Civil Veterinary Department Bihar & Orissa reports 1929-36 - 1929-1936
Year: 1929
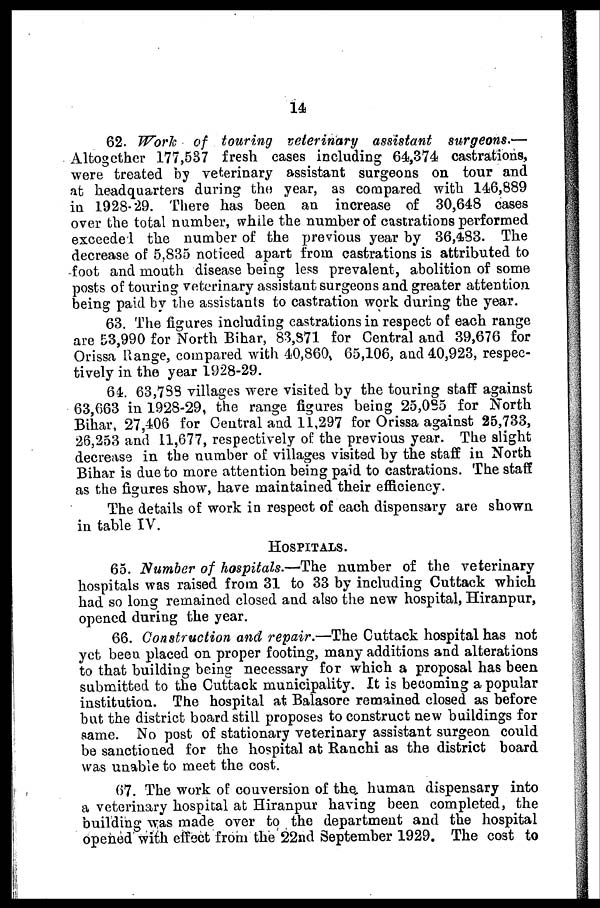
14
62. Work of touring veterinary assistant
surgeons.—
Altogether 177,537 fresh cases including 64,374 castrations,
were treated by veterinary assistant surgeons on tour and
at headquarters during the year, as compared with 146,889
in 1928-29. There has been an increase of 30,648 cases
over the total number, while the number of castrations performed
exceede 1 the number of the previous year by 36,483. The
decrease of 5.835 noticed apart from castrations is attributed to
foot and mouth disease being less prevalent, abolition of some
posts of touring veterinary assistant surgeons and greater attention
being paid by the assistants to castration work during the year.
63. The figures including castrations in respect of each range
are 53,990 for North Bihar, 83,871 for Central and 39,676 for
Orissa Range, compared with 40,860, 65,106, and 40,923, respec-
tively in the year 1928-29.
64. 63,788 villages were visited by the touring staff against
63,663 in 1928-29, the range figures being 25,085 for North
Bihar, 27,406 for Central and 11,297 for Orissa against 25,733,
26,253 and 11,677, respectively of the previous year. The slight
decrease in the number of villages visited by the staff in North
Bihar is due to more attention being paid to castrations. The staff
as the figures show, have maintained their efficiency.
The details of work in respect of each dispensary are shown
in table IV.
HOSPITALS.
65. Number of hospitals.—The number of the veterinary
hospitals was raised from 31 to 33 by including Cuttack which
had so long remained closed and also the new hospital, Hiranpur,
opened during the year.
66. Construction and repair.—The Cuttack hospital has not
yet been placed on proper footing, many additions and alterations
to that building being necessary for which a proposal has been
submitted to the Cuttack municipality. It is becoming a popular
institution. The hospital at Balasore remained closed as before
but the district board still proposes to construct new buildings for
same. No post of stationary veterinary assistant surgeon could
be sanctioned for the hospital at Ranchi as the district board
was unable to meet the cost.
67. The work of couversion of the, human dispensary into
a veterinary hospital at Hiranpur having been completed, the
building was made over to the department and the hospital
opened with effect from the 22nd September 1929. The cost to